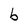
Character: b